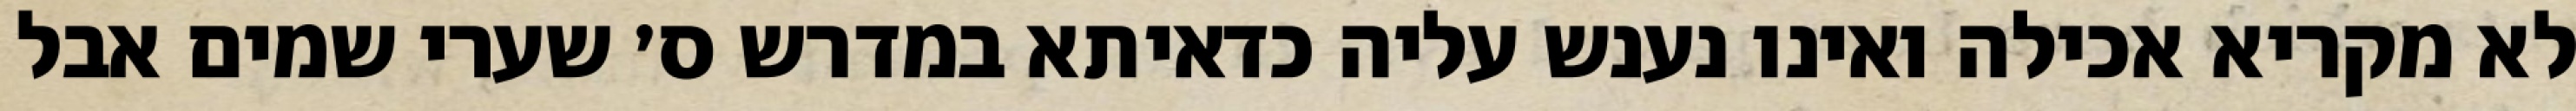
לא מקריא אכילה ואינו נענש עליה כדאיתא במדרש ס׳ שערי שמים אבל